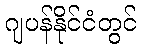
ဂျပန်နိုင်ငံတွင်